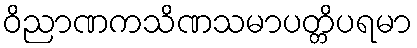
ဝိညာဏကသိဏသမာပတ္တိပရမာ